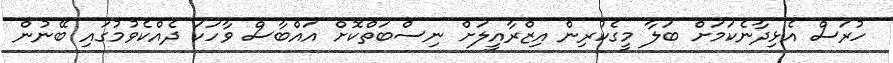
ހުރަސް އެޅިދާނެކަމަށް ބަލާ މީގެކުރިން އިޒްރާއީލަށް ނިސްބަތްކޮށް އައްބާސް ވާހަކަ ދެއްކެވުމުގައި ބޭނުން